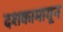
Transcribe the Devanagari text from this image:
दशकामागून